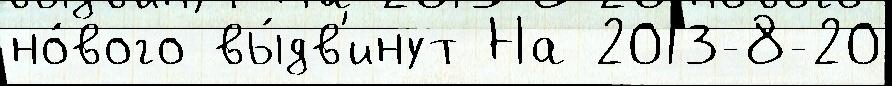
но́вого вы́дв'инут На 2013-8-20